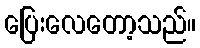
ပြေးလေတော့သည်။